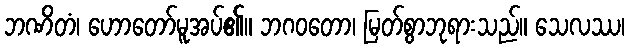
ဘဏိတံ၊ ဟောတော်မူအပ်၏။ ဘဂဝတော၊ မြတ်စွာဘုရားသည်။ သေလဿ၊